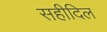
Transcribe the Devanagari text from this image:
सहीदिल